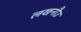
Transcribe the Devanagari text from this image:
लखनौउ